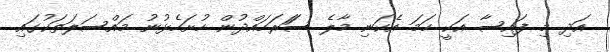
އަދި މި ފައިސާ އަކީ ހަމަ އެކަނި މާލެ ސަަރަހައްދުން ހުށަހެޅުނު މައްސަލަތަކުގައި